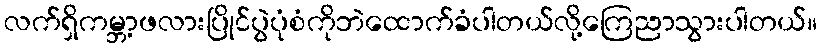
လက်ရှိကမ္ဘာ့ဖလားပြိုင်ပွဲပုံစံကိုဘဲထောက်ခံပါတယ်လို့ကြေညာသွားပါတယ်။